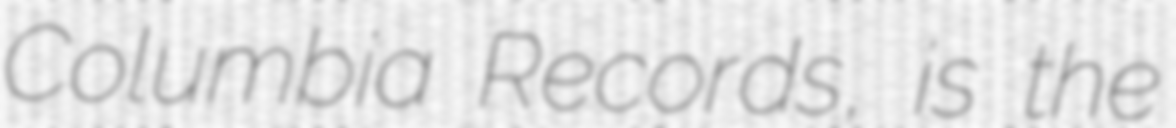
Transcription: Columbia Records, is the